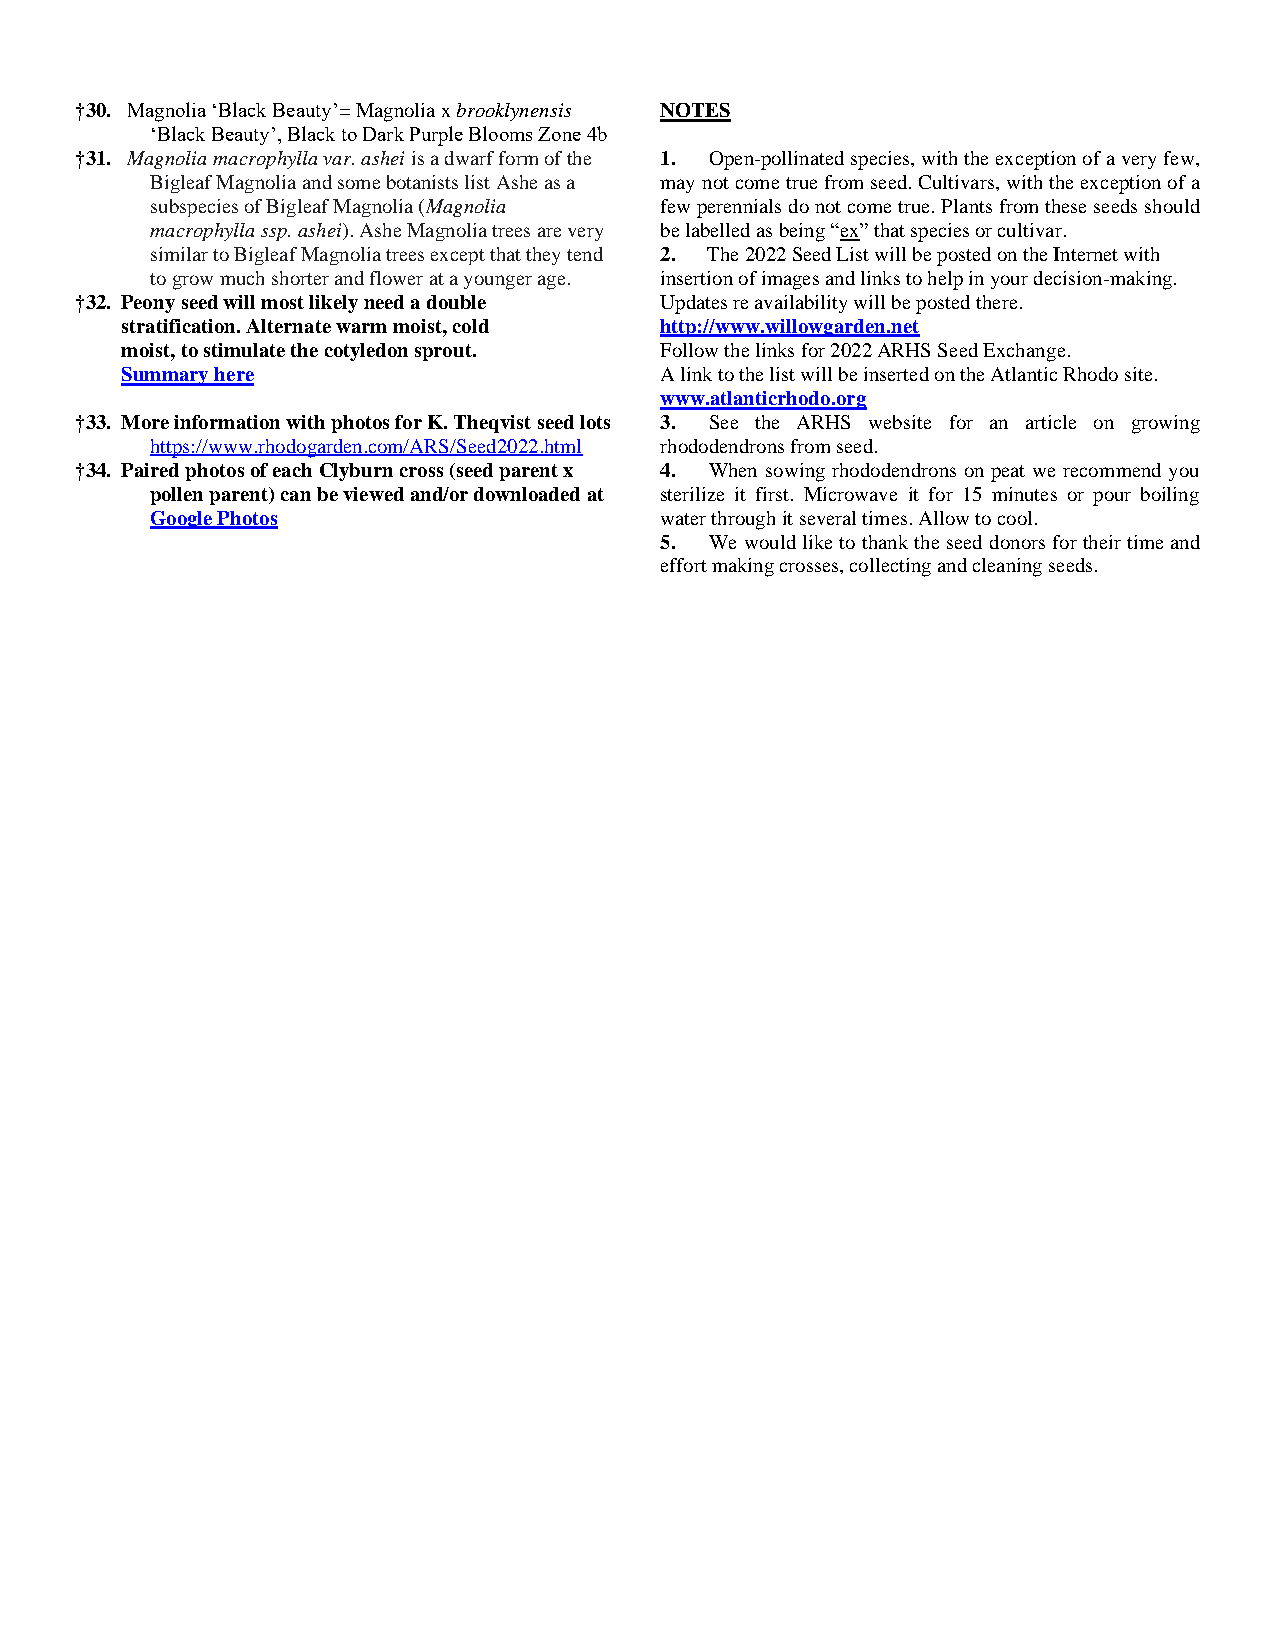
†30. Magnolia ‘Black Beauty’= Magnolia x brooklynensis NOTES
 ‘Black Beauty’, Black to Dark Purple Blooms Zone 4b
 †31. Magnolia macrophylla var. ashei is a dwarf form of the 1. Open-pollinated species, with the exception of a very few,
 Bigleaf Magnolia and some botanists list Ashe as a may not come true from seed. Cultivars, with the exception of a
 subspecies of Bigleaf Magnolia (Magnolia few perennials do not come true. Plants from these seeds should
 macrophylla ssp. ashei). Ashe Magnolia trees are very be labelled as being “ex” that species or cultivar.
 similar to Bigleaf Magnolia trees except that they tend 2. The 2022 Seed List will be posted on the Internet with
 to grow much shorter and flower at a younger age. insertion of images and links to help in your decision-making.
 †32. Peony seed will most likely need a double Updates re availability will be posted there.
 stratification. Alternate warm moist, cold http://www.willowgarden.net
 moist, to stimulate the cotyledon sprout. Follow the links for 2022 ARHS Seed Exchange.
 Summary here                        A link to the list will be inserted on the Atlantic Rhodo site.
 www.atlanticrhodo.org
 †33. More information with photos for K. Theqvist seed lots 3. See the ARHS website for an article on growing
 https://www.rhodogarden.com/ARS/Seed2022.html rhododendrons from seed.
 †34. Paired photos of each Clyburn cross (seed parent x 4. When sowing rhododendrons on peat we recommend you
 pollen parent) can be viewed and/or downloaded at sterilize it first. Microwave it for 15 minutes or pour boiling
 Google Photos                     water through it several times. Allow to cool.
 5. We would like to thank the seed donors for their time and
 effort making crosses, collecting and cleaning seeds.